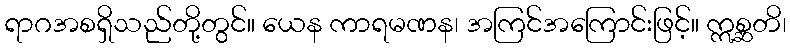
ရာဂအစရှိသည်တို့တွင်။ ယေန ကာရမဏန၊ အကြင်အကြောင်းဖြင့်။ ဣစ္ဆတိ၊